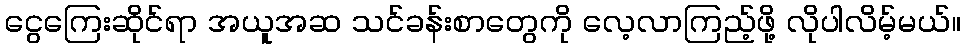
ငွေကြေးဆိုင်ရာ အယူအဆ သင်ခန်းစာတွေကို လေ့လာကြည့်ဖို့ လိုပါလိမ့်မယ်။